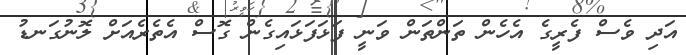
އަދި ވެސް ފެރީގެ އެހެން ތަންތަން ވަނީ ފަޅަފަޅައިގެން ގޮސް އެތެރެއަށް ލޮނުގަނޑު